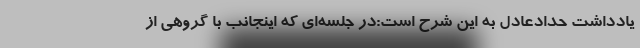
یادداشت حدادعادل به این شرح است:در جلسه‌ای که اینجانب با گروهی از